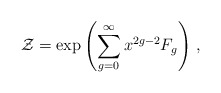
\begin{align*} \mathcal{Z}=\exp\left(\sum_{g=0}^\infty x^{2g-2}F_g\right)\,,\end{align*}